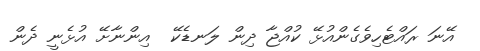
އޭނަ ރައްޓެހިވެގެންއުޅޭ ކުއްޖާ ދިން ލަނޑެކޭ  އިންނާށޭ އުޅެނީ ދެން